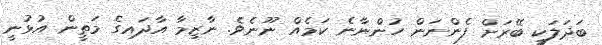
ބަދަލަކީ ބޭރަށް ފެންނަން ހުންނާނެ ކަމެއް ނޫނެވެ. ނާޒިމާ އާދައިގެ މަތީން އުޅުނީ